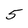
Character: 5